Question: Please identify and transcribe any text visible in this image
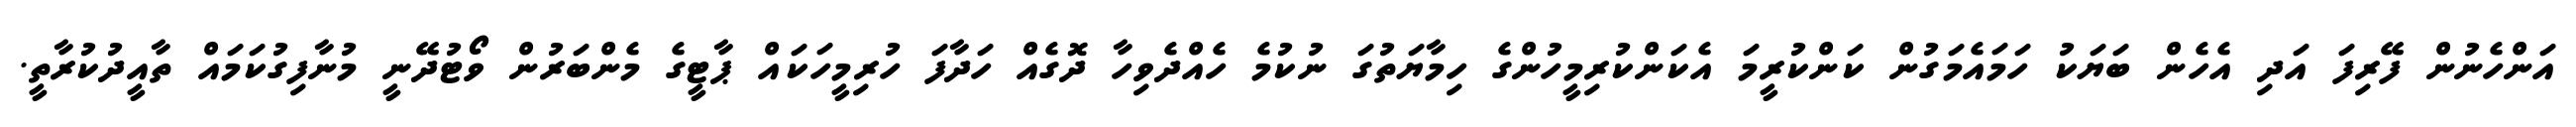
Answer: އަންހެނުން ފޭރިފަ އަދި އެހެން ބަޔަކު ހަމައެމަގުން ކަންކުރީމަ އެކަންކުރިމީހުންގެ ހިމާޔަތުގަ ނުކުމެ ހެއްދެވިހާ ދޮގެއް ހަދާފަ ހުރިމީހަކައް ޕާޓީގެ މެންބަރުން ވޯޓުދޭނީ މުނާފިގުކަމައް ތާއީދުކުރާތީ.